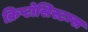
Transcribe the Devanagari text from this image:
क्रिप्टोसिस्टम्स